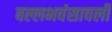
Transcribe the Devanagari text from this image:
बल्लभवंसावली